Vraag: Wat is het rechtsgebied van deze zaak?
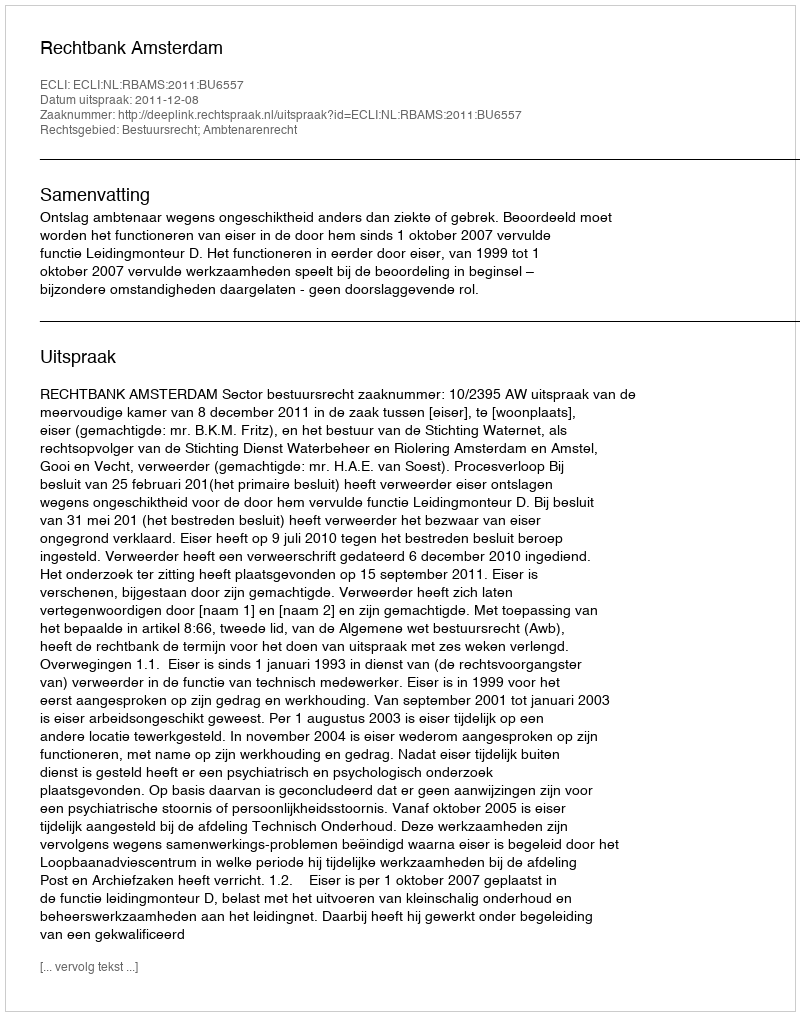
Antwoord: Bestuursrecht; Ambtenarenrecht